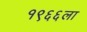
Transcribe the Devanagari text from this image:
१९६६ला